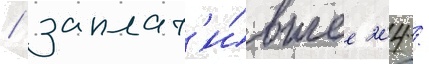
/ заплат'и́вшее 204 /